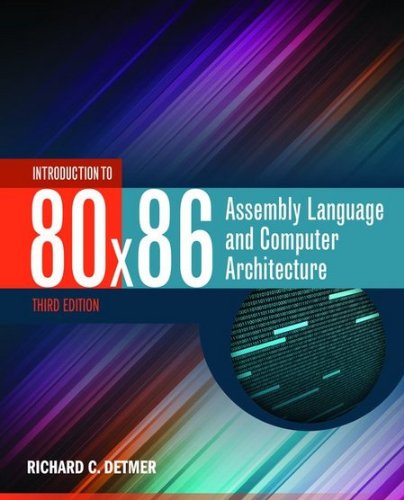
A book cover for Introduction To 80X86 Assembly Language And Computer Architecture; Richard C. Detmer; Computers & Technology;